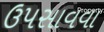
ઉપસાવવા